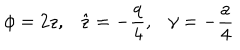
\phi = 2 z , \hat { z } = - \frac { q } { 4 } , \gamma = - \frac { a } { 4 }